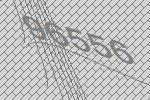
96556